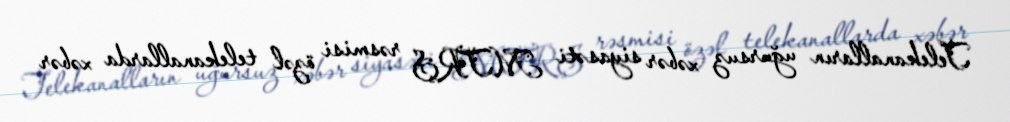
Telekanalların uğursuz xəbər siyasəti MTRŞ rəsmisi özəl telekanallarda xəbər